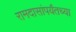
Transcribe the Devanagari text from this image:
रामदासांपर्यंतच्या